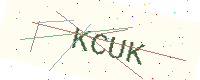
Text: KCUK